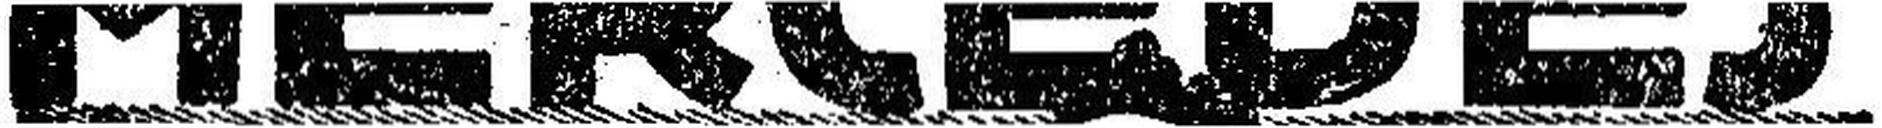
MERCEDES